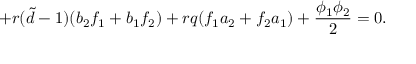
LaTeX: + r ( { \tilde { d } } - 1 ) ( b _ { 2 } f _ { 1 } + b _ { 1 } f _ { 2 } ) + r q ( f _ { 1 } a _ { 2 } + f _ { 2 } a _ { 1 } ) + \frac { \phi _ { 1 } \phi _ { 2 } } { 2 } = 0 .